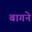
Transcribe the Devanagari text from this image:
बागने